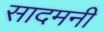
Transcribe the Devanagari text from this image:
सादमनी